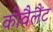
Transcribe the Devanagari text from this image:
कोवैलैंट